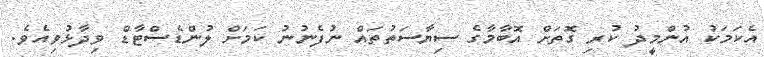
އެކަމަކު އުންމީދު ކުރި ގޮތަށް އޮބާމާގެ ސިޔާސަތުތައް ނުފެނުނު ކަމަށް ލުންޑެސްޓާޑް ވިދާޅުވިއެވެ.